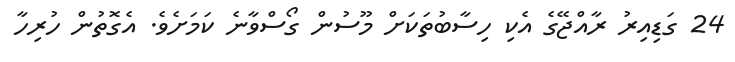
24 ގަޑިއިރު ރާއްޖޭގެ އެކި ހިސާބުތަކަށް މޫސުން ގޯސްވާނެ ކަމަށެވެ. އެގޮތުން ހުރިހާ